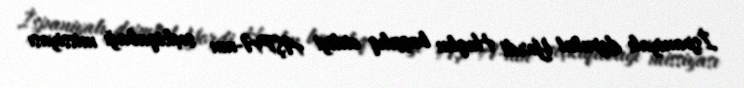
İspaniyalı deputat Yordi Huqlın başçılıq etdiyi AŞPA-nın seçkiqabağı missiyası